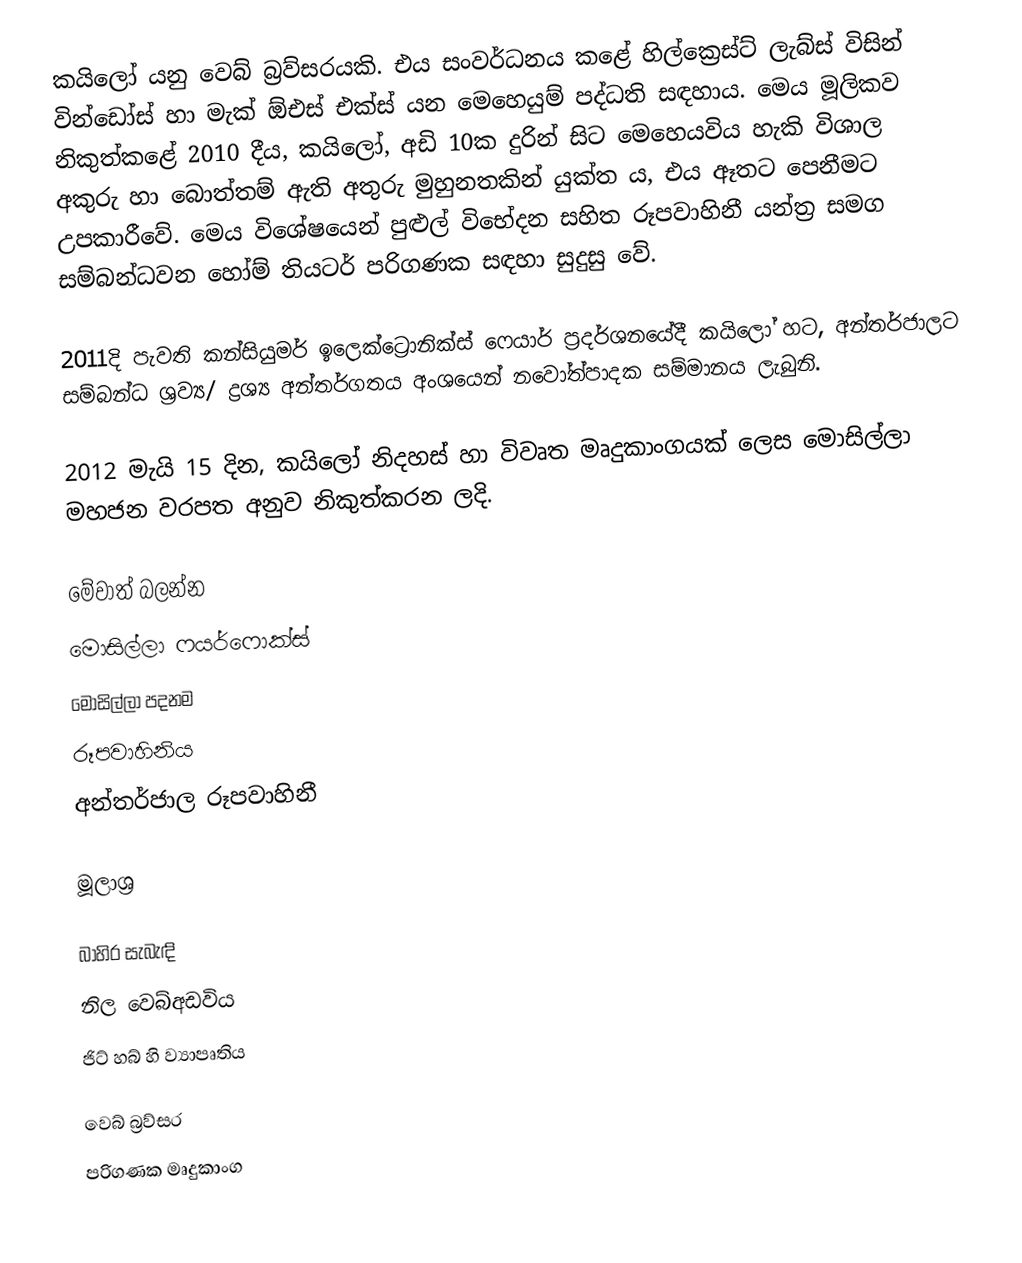
කයිලෝ යනු වෙබ් බ්‍රව්සරයකි. එය සංවර්ධනය කළේ හිල්ක්‍රෙස්ට් ලැබ්ස් විසින් වින්ඩෝස් හා මැක් ඕඑස් එක්ස් යන මෙහෙයුම් පද්ධති සඳහාය. මෙය මූලිකව නිකුත්කළේ 2010 දීය, කයිලෝ, අඩි 10ක දුරින් සිට මෙහෙයවිය හැකි විශාල අකුරු හා බොත්තම් ඇති අතුරු මුහුනතකින් යුක්ත ය, එය ඈතට පෙනීමට උපකාරීවේ. මෙය විශේෂයෙන් පුළුල් විභේදන සහිත රූපවාහිනී යන්ත්‍ර සමග සම්බන්ධවන හෝම් තියටර් පරිගණක සඳහා සුදුසු වේ.

2011දි පැවති කන්සියුමර් ඉලෙක්ට්‍රොනික්ස් ෆෙයාර් ප්‍රදර්ශනයේදී කයිලෝ හට, අන්තර්ජාලට සම්බන්ධ ශ්‍රව්‍ය/ ද්‍රශ්‍ය අන්තර්ගතය අංශයෙන් නවෝත්පාදක සම්මානය ලැබුනි.

2012 මැයි 15 දින, කයිලෝ නිදහස් හා විවෘත මෘදුකාංගයක් ලෙස මොසිල්ලා මහජන වරපත අනුව නිකුත්කරන ලදි.

මේවාත් බලන්න
මොසිල්ලා ෆයර්ෆොක්ස්
මොසිල්ලා පදනම
රූපවාහිනිය
අන්තර්ජාල රූපවාහිනී

මූලාශ්‍ර

බාහිර සැබැඳි
නිල වෙබ්අඩවිය
ජිට් හබ් හි ව්‍යාපෘතිය

වෙබ් බ්‍රව්සර
පරිගණක මෘදුකාංග